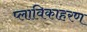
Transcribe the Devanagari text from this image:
प्लाविकाहरण